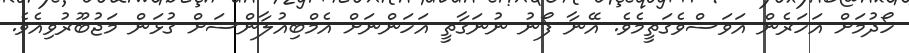
ހޯދުމަށް އަހަރެން އަވަސްވެގަތީމެވެ. އޭނާ ފޯނު ނުނަގާތީ އަހަންނަށް އެމްބިއުލާންސަށް ގުޅަން މަޖުބޫރުވިއެވެ.